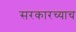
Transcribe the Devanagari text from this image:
सरकारच्याच